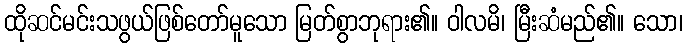
ထိုဆင်မင်းသဖွယ်ဖြစ်တော်မူသော မြတ်စွာဘုရား၏။ ဝါလမိ၊ မြီးဆံမည်၏။ သော၊